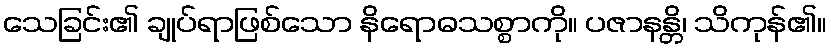
သေခြင်း၏ ချုပ်ရာဖြစ်သော နိရောဓသစ္စာကို။ ပဇာနန္တိ၊ သိကုန်၏။